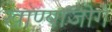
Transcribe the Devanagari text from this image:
खाण्याजोगे